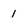
Character: 1